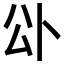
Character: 𭁅